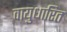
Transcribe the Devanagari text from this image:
वायुधारित